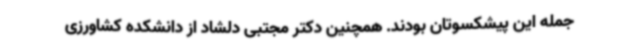
جمله این پیشکسوتان بودند. همچنین دکتر مجتبی دلشاد از دانشکده کشاورزی